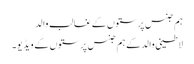
ہم جنس پرستوں کے غالب والد
لاطینی والد کے ہم جنس پرستوں کے ویڈیو۔